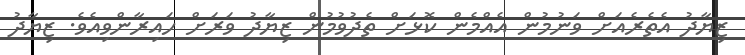
ޒިޔާދު އެތެރެއަށް ވަނުމުން އެއްމެން ކޮޅަށް ތެދުވުމުން ޒިޔާދު ވަރަށް ހައިރާންވިއެވެ. ޒިޔާދު